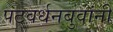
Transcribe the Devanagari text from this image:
पटवर्धनबुवांनी